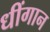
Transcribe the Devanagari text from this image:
धींगान